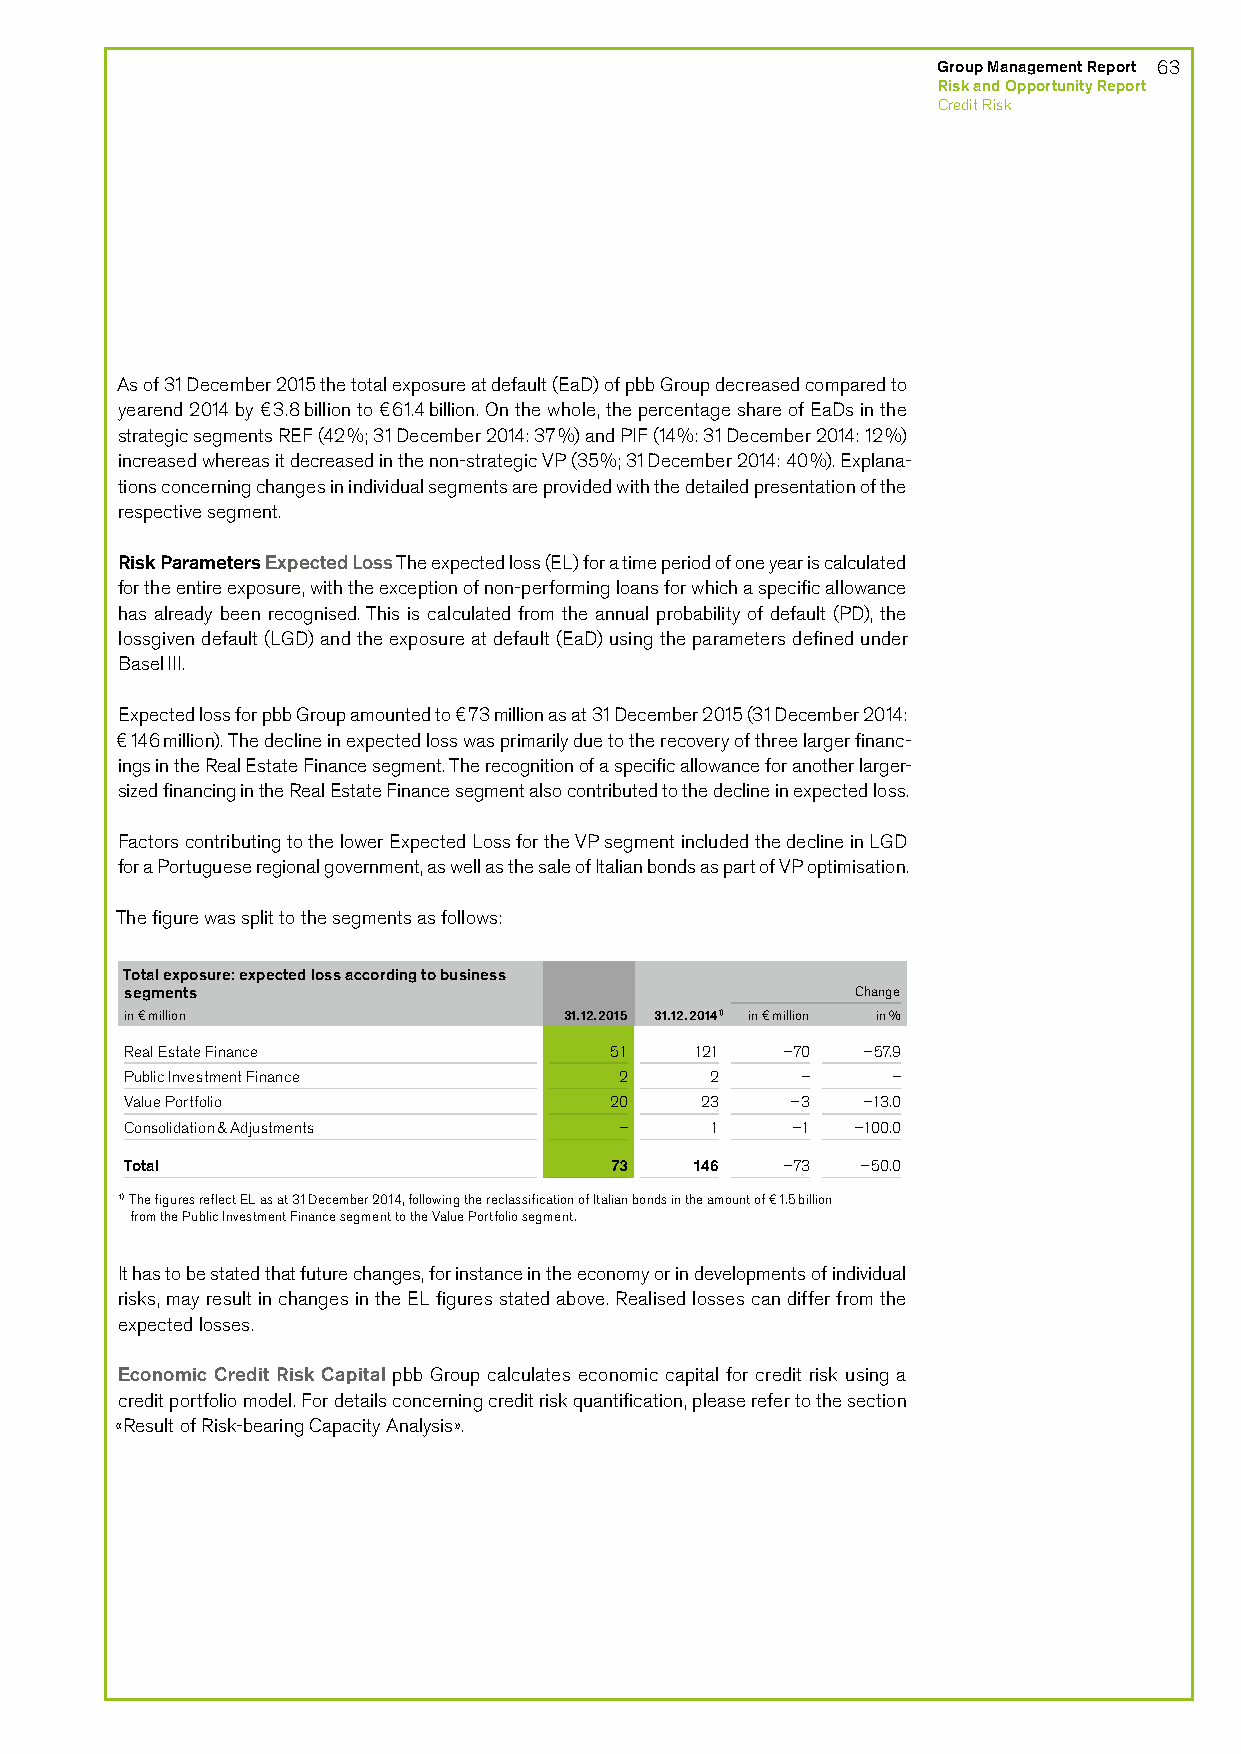
Group Management Report 63
 Risk and Opportunity Report
 Credit Risk
 As of 31 December 2015 the total exposure at default (EaD) of pbb Group decreased compared to
 yearend 2014 by €3.8 billion to €61.4 billion. On the whole, the percentage share of EaDs in the
 strategic segments REF (42%; 31 December 2014: 37%) and PIF (14%: 31 December 2014: 12%)
 increased whereas it decreased in the non-strategic VP (35%; 31 December 2014: 40%). Explana-
 tions concerning changes in individual segments are provided with the detailed presentation of the
 respective segment.
 Risk Parameters Expected Loss The expected loss (EL) for a time period of one year is calculated
 for the entire exposure, with the exception of non-performing loans for which a specific allowance
 has already been recognised. This is calculated from the annual probability of default (PD), the
 lossgiven default (LGD) and the exposure at default (EaD) using the parameters defined under
 Basel III.
 Expected loss for pbb Group amounted to €73 million as at 31 December 2015 (31 December 2014:
 €146 million). The decline in expected loss was primarily due to the recovery of three larger financ-
 ings in the Real Estate Finance segment. The recognition of a specific allowance for another larger-
 sized financing in the Real Estate Finance segment also contributed to the decline in expected loss.
 Factors contributing to the lower Expected Loss for the VP segment included the decline in LGD
 for a Portuguese regional government, as well as the sale of Italian bonds as part of VP optimisation.
 The figure was split to the segments as follows:
 Total exposure: expected loss according to business
 segments                                         Change
 in € million                 31.12.2015 31.12.20141) in € million in %
 Real Estate Finance             51    121   –70  –57.9
 Public Investment Finance        2     2     –     –
 Value Portfolio                 20    23    –3   –13.0
 Consolidation & Adjustments      –     1    –1  –100.0
 Total                           73    146   –73  –50.0
 1) The figures reflect EL as at 31 December 2014, following the reclassification of Italian bonds in the amount of €1.5 billion
 from the Public Investment Finance segment to the Value Portfolio segment.
 It has to be stated that future changes, for instance in the economy or in developments of individual
 risks, may result in changes in the EL figures stated above. Realised losses can differ from the
 expected losses.
 Economic Credit Risk Capital pbb Group calculates economic capital for credit risk using a
 credit portfolio model. For details concerning credit risk quantification, please refer to the section
 «Result of Risk-bearing Capacity Analysis».